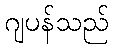
ဂျပန်သည်